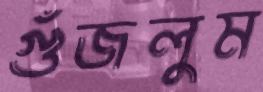
গুঁজলুম